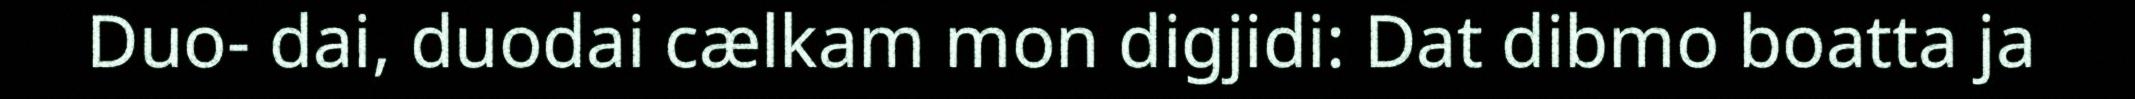
Duo- dai, duodai cælkam mon digjidi: Dat dibmo boatta ja